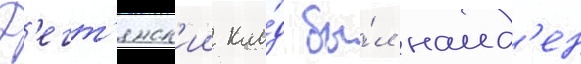
Д'егт'янск'ии кла́д бы́л наид'ен